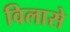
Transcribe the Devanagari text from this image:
विलासे